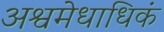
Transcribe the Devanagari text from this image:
अश्वमेधाधिकं